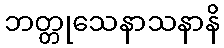
ဘတ္တုသေနာသနာနိ